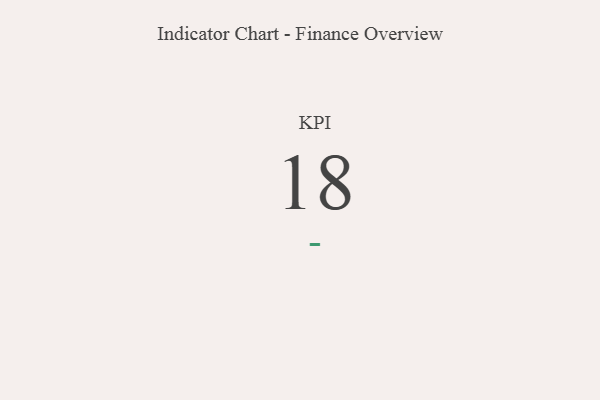
{"axis": {"x": "KPI", "y": "Value"}, "legend": [""], "data": [{"x": "KPI", "y": 18, "type": ""}]}